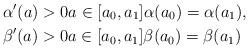
LaTeX: \begin{align*} &\alpha' (a) > 0 a \in [a_0, a_1] \alpha(a_0) = \alpha(a_1),\\ &\beta' (a) > 0 a \in [a_0, a_1] \beta(a_0) = \beta(a_1)\end{align*}